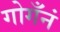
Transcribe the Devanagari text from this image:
गोगँनं